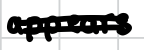
Text: appears
Cross-out: double-line
Writing tool: digital_black